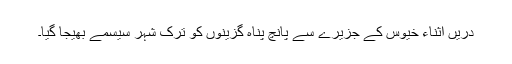
دريں اثناء خيوس کے جزيرے سے پانچ پناہ گزينوں کو ترک شہر سيسمے بھيجا گيا۔